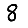
Digit: 8